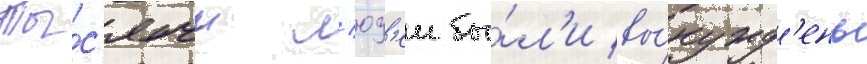
Ты́с'ячи л'юд'еи бы́л'и вы́нужд'ены